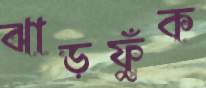
ঝাড়ফুঁক